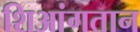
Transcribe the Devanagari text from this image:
शिआंगतान